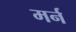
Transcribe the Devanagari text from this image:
मर्न